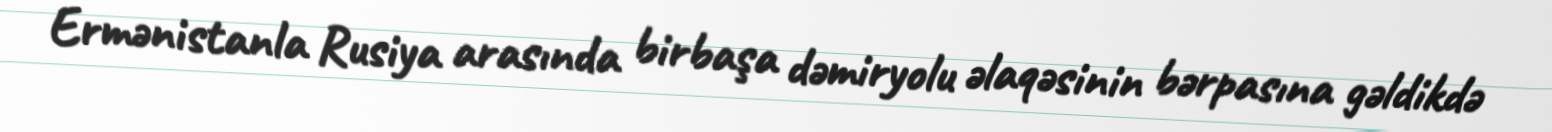
Ermənistanla Rusiya arasında birbaşa dəmiryolu əlaqəsinin bərpasına gəldikdə